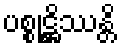
ပစ္စုဋ္ဌိဿန္တိ